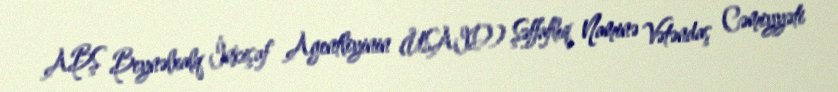
ABŞ Beynəlxalq İnkişaf Agentliyinin (USAID) Şəffaflıq Naminə Vətəndaş Cəmiyyəti